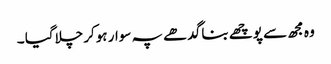
وہ مجھ سے پوچھے بنا گد ھے پہ سوار ہوکر چلاگیا ۔